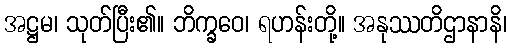
အဋ္ဌမ၊ သုတ်ပြီး၏။ ဘိက္ခဝေ၊ ရဟန်းတို့။ အနုဿတိဌာနာနိ၊